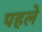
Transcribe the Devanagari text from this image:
पहलेे